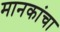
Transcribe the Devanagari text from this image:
मानकांचा